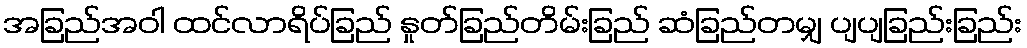
အခြည်အဝါ ထင်လာရိပ်ခြည် နှုတ်ခြည်တိမ်းခြည် ဆံခြည်တမျှ ပျပျခြည်းခြည်း